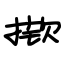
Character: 揿